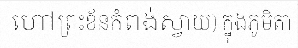
ហៅព្រះខ័នកំពង់ស្វាយ) ក្នុងភូមិតា